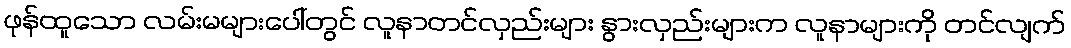
ဖုန်ထူသော လမ်းမများပေါ်တွင် လူနာတင်လှည်းများ နွားလှည်းများက လူနာများကို တင်လျက်